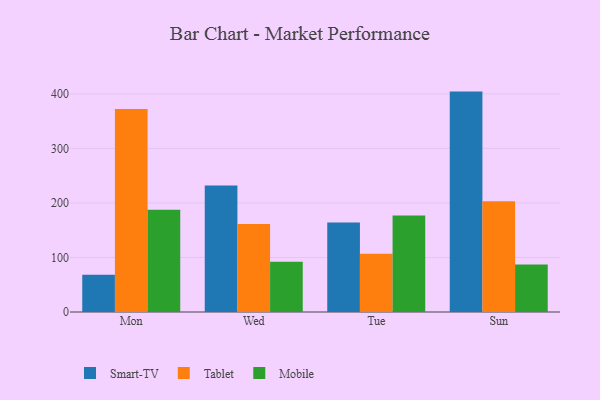
{"axis": {"x": "Day", "y": "Active Users"}, "legend": ["Mobile", "Smart-TV", "Tablet"], "data": [{"x": "Mon", "y": 68.2, "type": "Smart-TV"}, {"x": "Mon", "y": 372.3, "type": "Tablet"}, {"x": "Mon", "y": 187.5, "type": "Mobile"}, {"x": "Wed", "y": 231.8, "type": "Smart-TV"}, {"x": "Wed", "y": 161.3, "type": "Tablet"}, {"x": "Wed", "y": 92.1, "type": "Mobile"}, {"x": "Tue", "y": 164.0, "type": "Smart-TV"}, {"x": "Tue", "y": 106.8, "type": "Tablet"}, {"x": "Tue", "y": 177.2, "type": "Mobile"}, {"x": "Sun", "y": 404.2, "type": "Smart-TV"}, {"x": "Sun", "y": 202.9, "type": "Tablet"}, {"x": "Sun", "y": 87.1, "type": "Mobile"}]}